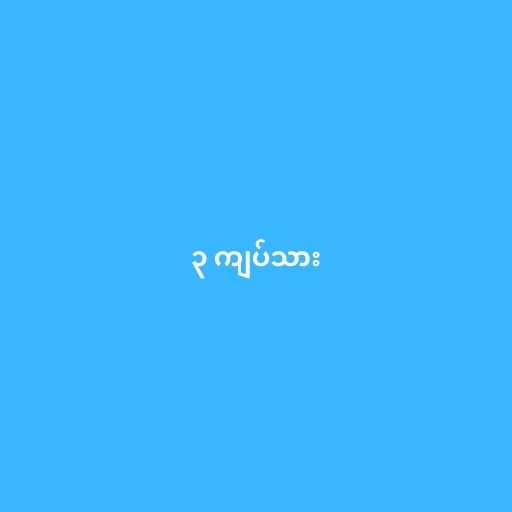
၃ ကျပ်သား